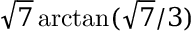
{ \sqrt { 7 } } \arctan ( { { \sqrt { 7 } } / 3 } )